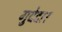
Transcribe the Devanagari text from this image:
गुदेदार